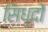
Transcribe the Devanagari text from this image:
सिध्दों